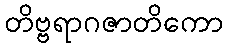
တိဗ္ဗရာဂဇာတိကော